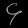
Digit: ၄